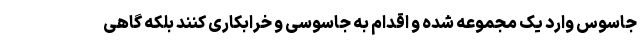
جاسوس وارد یک مجموعه شده و اقدام به جاسوسی و خرابکاری کنند بلکه گاهی